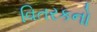
વિતરકનો